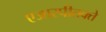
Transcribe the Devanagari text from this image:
एआरपीतक्ते